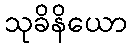
သုခိနိယော